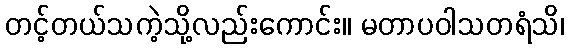
တင့်တယ်သကဲ့သို့လည်းကောင်း။ မတာပဝါသတရံသိ၊